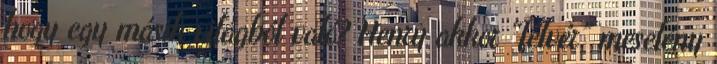
hogy egy másik világból való? Henry akkor “félvér” meselény